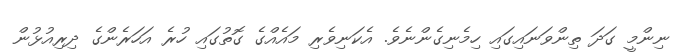
ނިންމީ ގަދަ ތިންވަނައިގައި ހިމެނިގެންނެވެ. އެކަނިވެރި މައެއްގެ ގޮތުގައި ހުރެ އަހަރެންގެ ދިރިއުޅުން